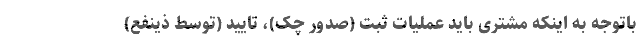
باتوجه به اینکه مشتری باید عملیات ثبت (صدور چک)، تایید (توسط ذینفع)